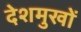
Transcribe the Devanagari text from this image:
देशमुखों